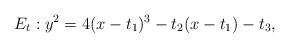
LaTeX: \begin{align*}E_t: y^2=4(x-t_1)^3-t_2(x-t_1)-t_3,\end{align*}